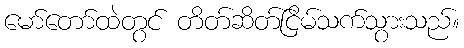
မော်တော်ထဲတွင် တိတ်ဆိတ်ငြိမ်သက်သွားသည်။